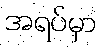
အရပ်မှာ